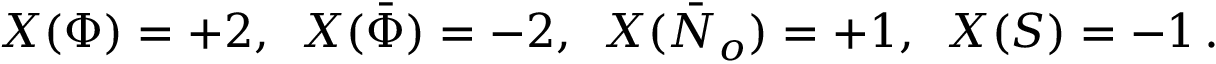
X ( \Phi ) = + 2 , \ \, X ( { \bar { \Phi } } ) = - 2 , \ \, X ( { \bar { N } _ { o } } ) = + 1 , \ \, X ( S ) = - 1 \, .